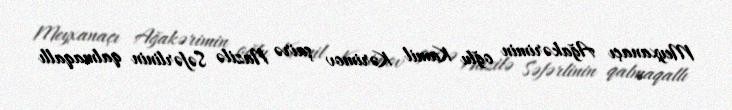
Meyxanaçı Ağakərimin oğlu Kamil Kərimov şairə Nazilə Səfərlinin qalmaqallı